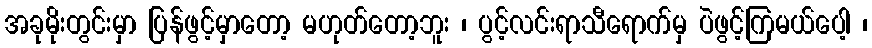
အခုမိုးတွင်းမှာ ပြန်ဖွင့်မှာတော့ မဟုတ်တော့ဘူး ၊ ပွင့်လင်းရာသီရောက်မှ ပဲဖွင့်ကြမယ်ပေါ့ ၊